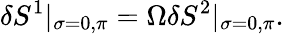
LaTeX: \delta S^{1}|_{\sigma=0,\pi}=\Omega\delta S^{2}|_{\sigma=0,\pi}.